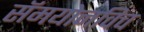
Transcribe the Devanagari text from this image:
सॅमयोनविच